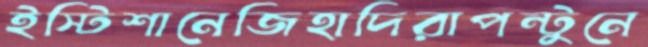
ইস্টিশানেজিহাদিরাপন্টুনে